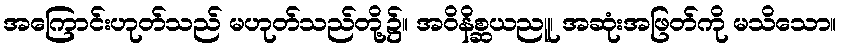
အကြောင်းဟုတ်သည် မဟုတ်သည်တို့၌။ အဝိနိစ္ဆယညူ၊ အဆုံးအဖြတ်ကို မသိသော။